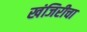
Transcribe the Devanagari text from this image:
खंजिरीचा